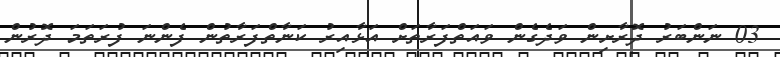
03 ނަންބަރު ދޮރާށިން ވަދެގެން ވައަތްފަރާތަށް އަޅާއިރު ކަނާތްފަރާތުން ފެންނަ ފުރަތަމަ ދޮރުން